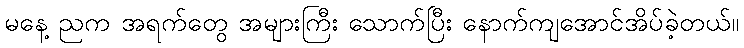
မနေ့ ညက အရက်တွေ အများကြီး သောက်ပြီး နောက်ကျအောင်အိပ်ခဲ့တယ်။